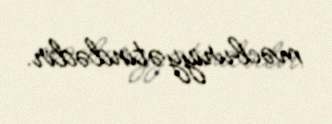
məcburiyyətindədir.